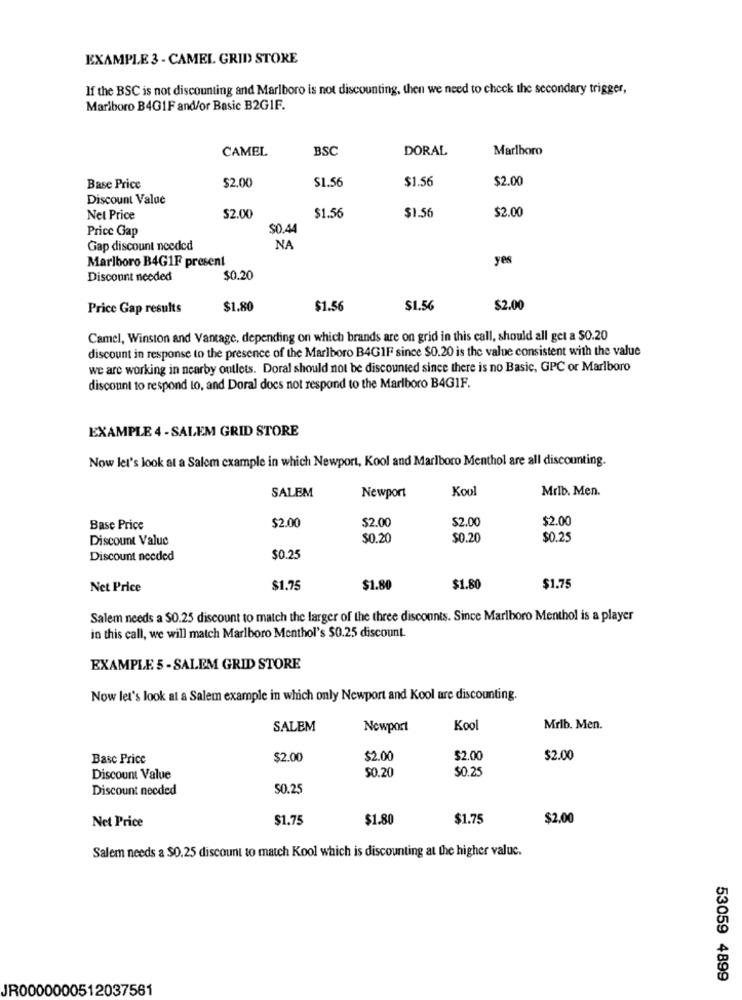
EXAMPLE 3 - CAMEL GRID STORE
If the BSC is not discounting and Marlboro is not discounting, then we need to check the secondary trigger,
Marlboro B4G1F and/or Basic B2GIF.
CAMEL
BSC
DORAL
Marlboro
$2.00
$1.56
$1.56
$2.00
Base Price
Discount Value
$1.56
$2.00
Net Price
52.00
$1.56
Price Gap
$0.44
Gap discount needed
NA
Marlboro B4G1F present
yes
Discount needed
$0.20
Price Gap results
$1.80
$1.56
$1.56
$2.00
Camel, Winston and Vantage, depending on which brands are on grid in this call, should all get a $0.20
discount in response to the presence of the Marlboro B4GIF since $0.20 is the value consistent with the value
we are working in nearby outlets. Doral should not be discounted since there is no Basic, GPC or Marlboro
discount to respond to, and Doral docs not respond to the Marlboro B4GIF.
EXAMPLE 4 - SALEM GRID STORE
Now let's look at a Salom example in which Newport, Kool and Marlboro Menthol are all discounting.
Kool
Mrlb. Men.
SALEM
Newport
$2.00
$2.00
Base Price
$2.00
$2.00
Discount Value
$0.20
$0.20
$0.25
Discount needed
$0.25
Net Price
$1.75
$1.80
$1.80
$1.75
Salem needs a $0.25 discount to match the larger of the three discounts. Since Marlboro Menthol is a player
in this call, we will match Marlboro Menthol's $0.25 discount.
EXAMPLE 5 - SALEM GRID STORE
Now let's look at a Salem example in which only Newport and Kool are discounting.
SALEM
Newport
Kool
Mrlb. Men.
Basc Price
$2.00
$2.00
$2.00
$2.00
$0.25
Discount Value
$0.20
Discount needed
50.25
Net Price
$1.75
$1.80
$1.75
$2.00
Salem needs a $0.25 discount to match Kool which is discounting at the higher valuc.
53059 4899
JR0000000512037561